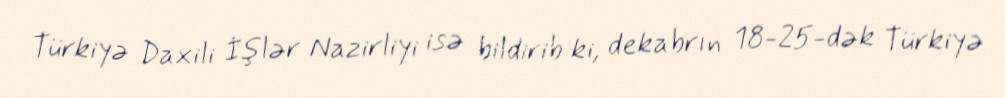
Türkiyə Daxili İşlər Nazirliyi isə bildirib ki, dekabrın 18-25-dək Türkiyə